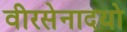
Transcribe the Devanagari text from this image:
वीरसेनादयो